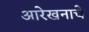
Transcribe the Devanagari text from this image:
आरेखनाचे